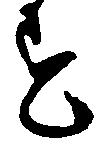
す